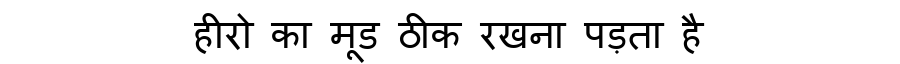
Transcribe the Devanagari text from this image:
हीरो का मूड ठीक रखना पड़ता है